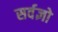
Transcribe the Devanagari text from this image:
सर्वज्ञो